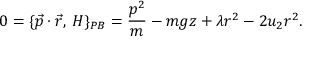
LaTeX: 0 = \{ { \vec { p } } \cdot { \vec { r } } , \, H \} _ { P B } = { \frac { p ^ { 2 } } { m } } - m g z + \lambda r ^ { 2 } - 2 u _ { 2 } r ^ { 2 } .